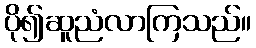
ပို၍ဆူညံလာကြသည်။